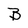
Character: B